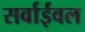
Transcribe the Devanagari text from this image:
सर्वाईवल